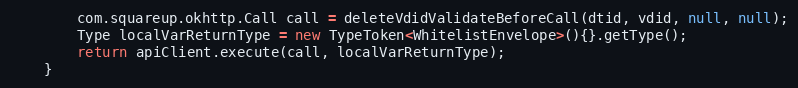
Language: Java
        com.squareup.okhttp.Call call = deleteVdidValidateBeforeCall(dtid, vdid, null, null);
        Type localVarReturnType = new TypeToken<WhitelistEnvelope>(){}.getType();
        return apiClient.execute(call, localVarReturnType);
    }